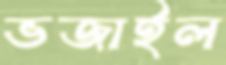
ভজাইল